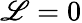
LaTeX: \mathscr{L}=0